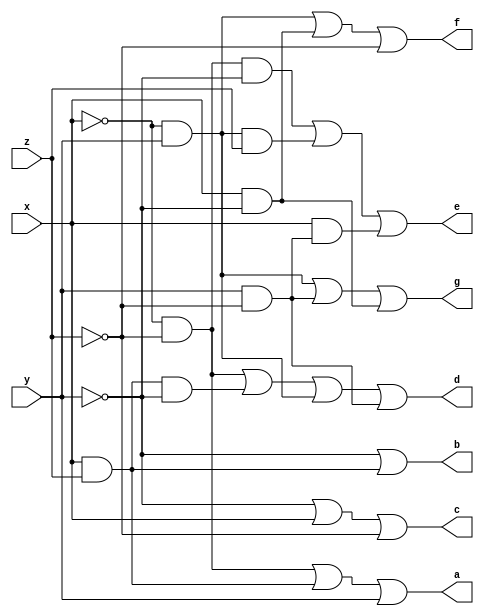
module SevenSegment(
  input wire x,
  input wire y,
  input wire z,
  output wire a,
  output wire b,
  output wire c,
  output wire d,
  output wire e,
  output wire f,
  output wire g
);

  // Invert inputs
  not(x_, x);
  not(y_, y);
  not(z_, z);

  // Compute minimum products
  and(x_Az_, x_, z_);
  and(xAz, x, z);
  and(x_Ay, x_, y);
  and(xAy_Az, xAz, y_);
  and(yAz_, y, z_);
  and(x_Ay_Az_, x_Az_, y_);
  and(x_AyAz, x_Ay, z);
  and(xAyAz_, x, yAz_);
  and(xAy_, x, y_);

  // Compute a
  or(a_buffer_0, x_Az_, xAz);
  or(a, a_buffer_0, y);

  // Compute b
  or(b, y_, xAz);

  // Compute c
  or(c_buffer_0, y_, x);
  or(c, c_buffer_0, z_);

  // Compute d
  or(d_buffer_0, x_Az_, xAy_Az);
  or(d_buffer_1, d_buffer_0, x_Ay);
  or(d, d_buffer_1, yAz_);

  // Compute e
  or(e_buffer_0, x_Ay_Az_, x_AyAz);
  or(e, e_buffer_0, xAyAz_);

  // Compute f
  or(f_buffer_0, x_Ay, xAy_);
  or(f, f_buffer_0, z_);

  // Compute g
  or(g_buffer_0, x_Ay, yAz_);
  or(g, g_buffer_0, xAy_);

endmodule // SevenSegment


module SevenSegmentTest;

  reg x;
  reg y;
  reg z;
  wire a;
  wire b;
  wire c;
  wire d;
  wire e;
  wire f;
  wire g;

  SevenSegment sevenSegment(x, y, z, a, b, c, d, e, f, g);

  initial begin
    $monitor("x = %d, y = %d, z = %d, a = %d, b = %d, c = %d, d = %d, e = %d, f = %d, g = %d", x, y, z, a, b, c, d, e, f, g);
    x = 0; y = 0; z = 0;
    #20; x = 0; y = 0; z = 1;
    #20; x = 0; y = 1; z = 0;
    #20; x = 0; y = 1; z = 1;
    #20; x = 1; y = 0; z = 0;
    #20; x = 1; y = 0; z = 1;
    #20; x = 1; y = 1; z = 0;
    #20; x = 1; y = 1; z = 1;
  end

endmodule // SevenSegmentTest